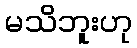
မသိဘူးဟု